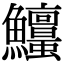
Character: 𩽱